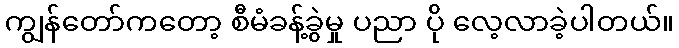
ကျွန်တော်ကတော့ စီမံခန့်ခွဲမှု ပညာ ပို လေ့လာခဲ့ပါတယ်။